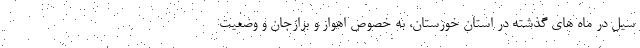
سیل در ماه های گذشته در استان خوزستان، به خصوص اهواز و برازجان و وضعیت